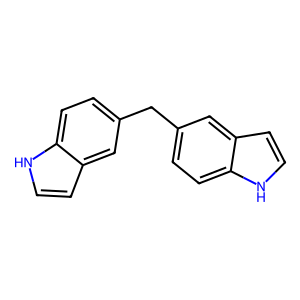
SMILES: c1cc2cc(Cc3ccc4[nH]ccc4c3)ccc2[nH]1
Inhibits HIV replication: No